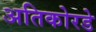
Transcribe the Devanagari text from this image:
अतिकोरडे